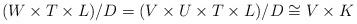
LaTeX: \begin{align*}(W\times T\times L)/D=(V\times U\times T\times L)/D\cong V\times K\end{align*}